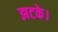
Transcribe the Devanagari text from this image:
झटके।